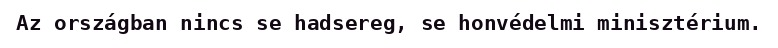
Az országban nincs se hadsereg, se honvédelmi minisztérium.